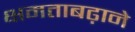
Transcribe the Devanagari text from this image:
क्षमताबढ़ाने